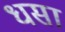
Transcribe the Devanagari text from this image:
धसा